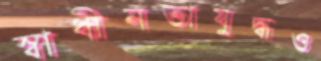
স্বাধীনতাযুদ্ধও